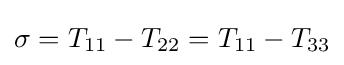
\sigma =T_{11}-T_{22}=T_{11}-T_{33}